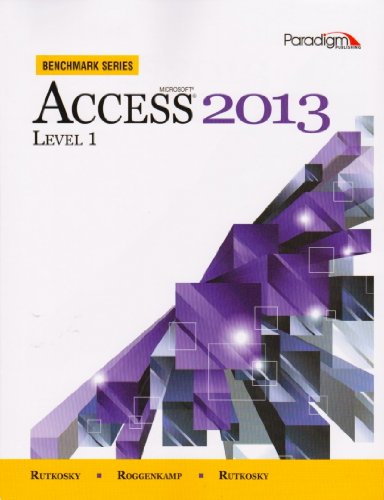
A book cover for MicrosoftÂ® AccessÂ® 2013 - Level 1; Nita Hewitt Rutkosky; Computers & Technology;